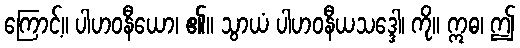
ကြောင့်။ ပါဟဝနီယော၊ ၏။ သွာယံ ပါဟဝနီယသဒ္ဒေါ၊ ကို။ ဣဓ၊ ဤ